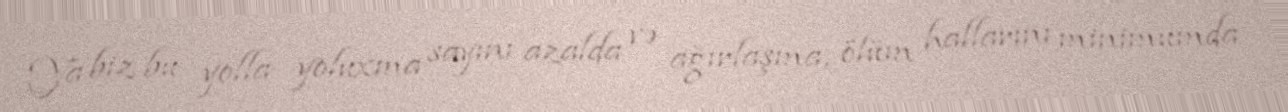
Ya biz bu yolla yoluxma sayını azalda və ağırlaşma, ölüm hallarını minimumda